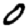
Digit: 0